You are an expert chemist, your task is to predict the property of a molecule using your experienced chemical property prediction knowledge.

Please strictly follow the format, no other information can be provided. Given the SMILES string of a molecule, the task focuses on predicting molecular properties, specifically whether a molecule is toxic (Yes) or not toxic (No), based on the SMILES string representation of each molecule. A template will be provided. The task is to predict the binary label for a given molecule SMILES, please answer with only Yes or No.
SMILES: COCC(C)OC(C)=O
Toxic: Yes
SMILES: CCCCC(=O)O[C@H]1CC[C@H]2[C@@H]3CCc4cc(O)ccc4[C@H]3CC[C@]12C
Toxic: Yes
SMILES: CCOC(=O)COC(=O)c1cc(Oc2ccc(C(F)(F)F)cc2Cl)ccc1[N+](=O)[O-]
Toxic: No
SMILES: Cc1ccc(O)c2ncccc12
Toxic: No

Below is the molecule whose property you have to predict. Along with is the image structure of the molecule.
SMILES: CC#N
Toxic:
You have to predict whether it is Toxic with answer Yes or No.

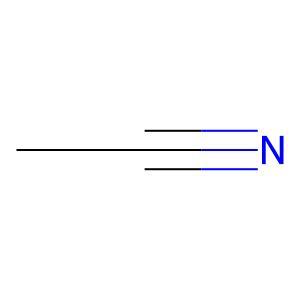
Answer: No